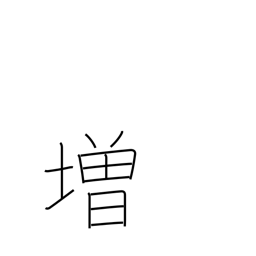
Meaning: promote